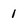
Character: 1